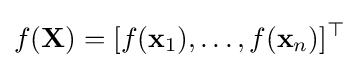
f(\mathbf {X} )=[f(\mathbf {x} _{1}),\ldots ,f(\mathbf {x} _{n})]^{\top }